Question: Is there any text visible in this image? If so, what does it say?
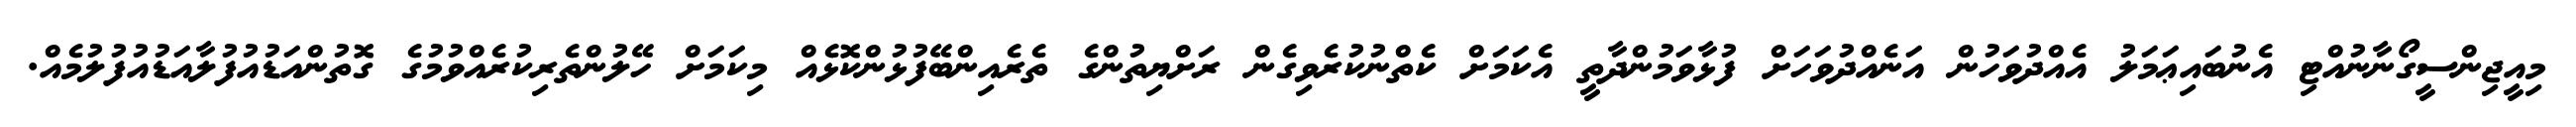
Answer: މިއީޖިންސީގޯނާނުއްޓި އެނުބައިޢަމަލު އެއްދުވަހުން އަނެއްދުވަހަށް ފުޅާވަމުންދާތީ އެކަމަށް ކެތްނުކުރެވިގެން ރަށްޔިތުންގެ ތެރެއިންބޭފުޅުންކޮޅެއް މިކަމަށް ހޭލުންތެރިކުރެއްވުމުގެ ގޮތުންއަޑުއުފުލާއަޑުއުފުލުމެއް.